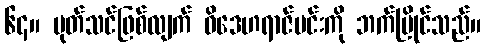
၆၄။ ပုတ်သင်ဖြစ်လျက် ဝိဒေဟရာဇ်မင်းကို ဘက်ပြိုင်သည်။